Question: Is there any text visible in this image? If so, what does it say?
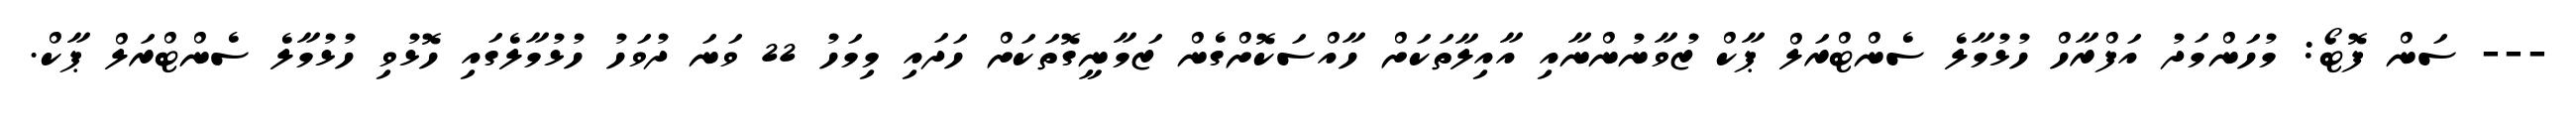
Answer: --- ސަން ފޮޓޯ: މުހަންމަދު އަފްރާހް ހުޅުމާލެ ސެންޓްރަލް ޕާކް ޒުވާނުންނާއި އާއިލާތަކަށް ހާއްސަކޮށްގެން ޒަމާނީގޮތަކަށް ހަދައި މިމަހު 22 ވަނަ ދުވަހު ހުޅުމާލެގައި ހޮޅުވި ހުޅުމާލެ ސެންޓްރަލް ޕާކް.